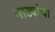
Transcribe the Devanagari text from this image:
नाट्यांचा